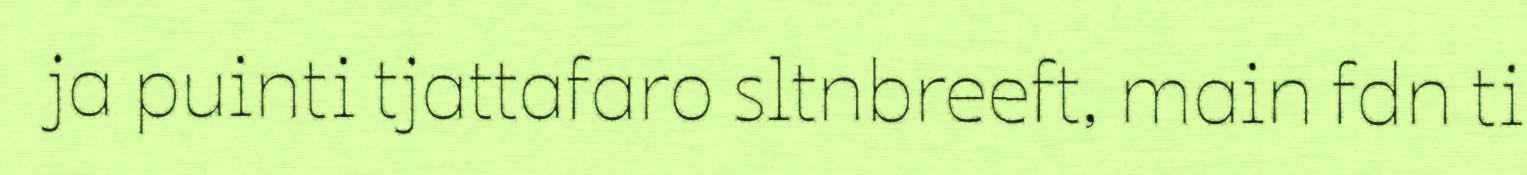
ja puinti tjattafaro sltnbreeft, main fdn ti